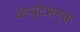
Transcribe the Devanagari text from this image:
कंप्यूटेशनक